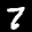
Label: 7